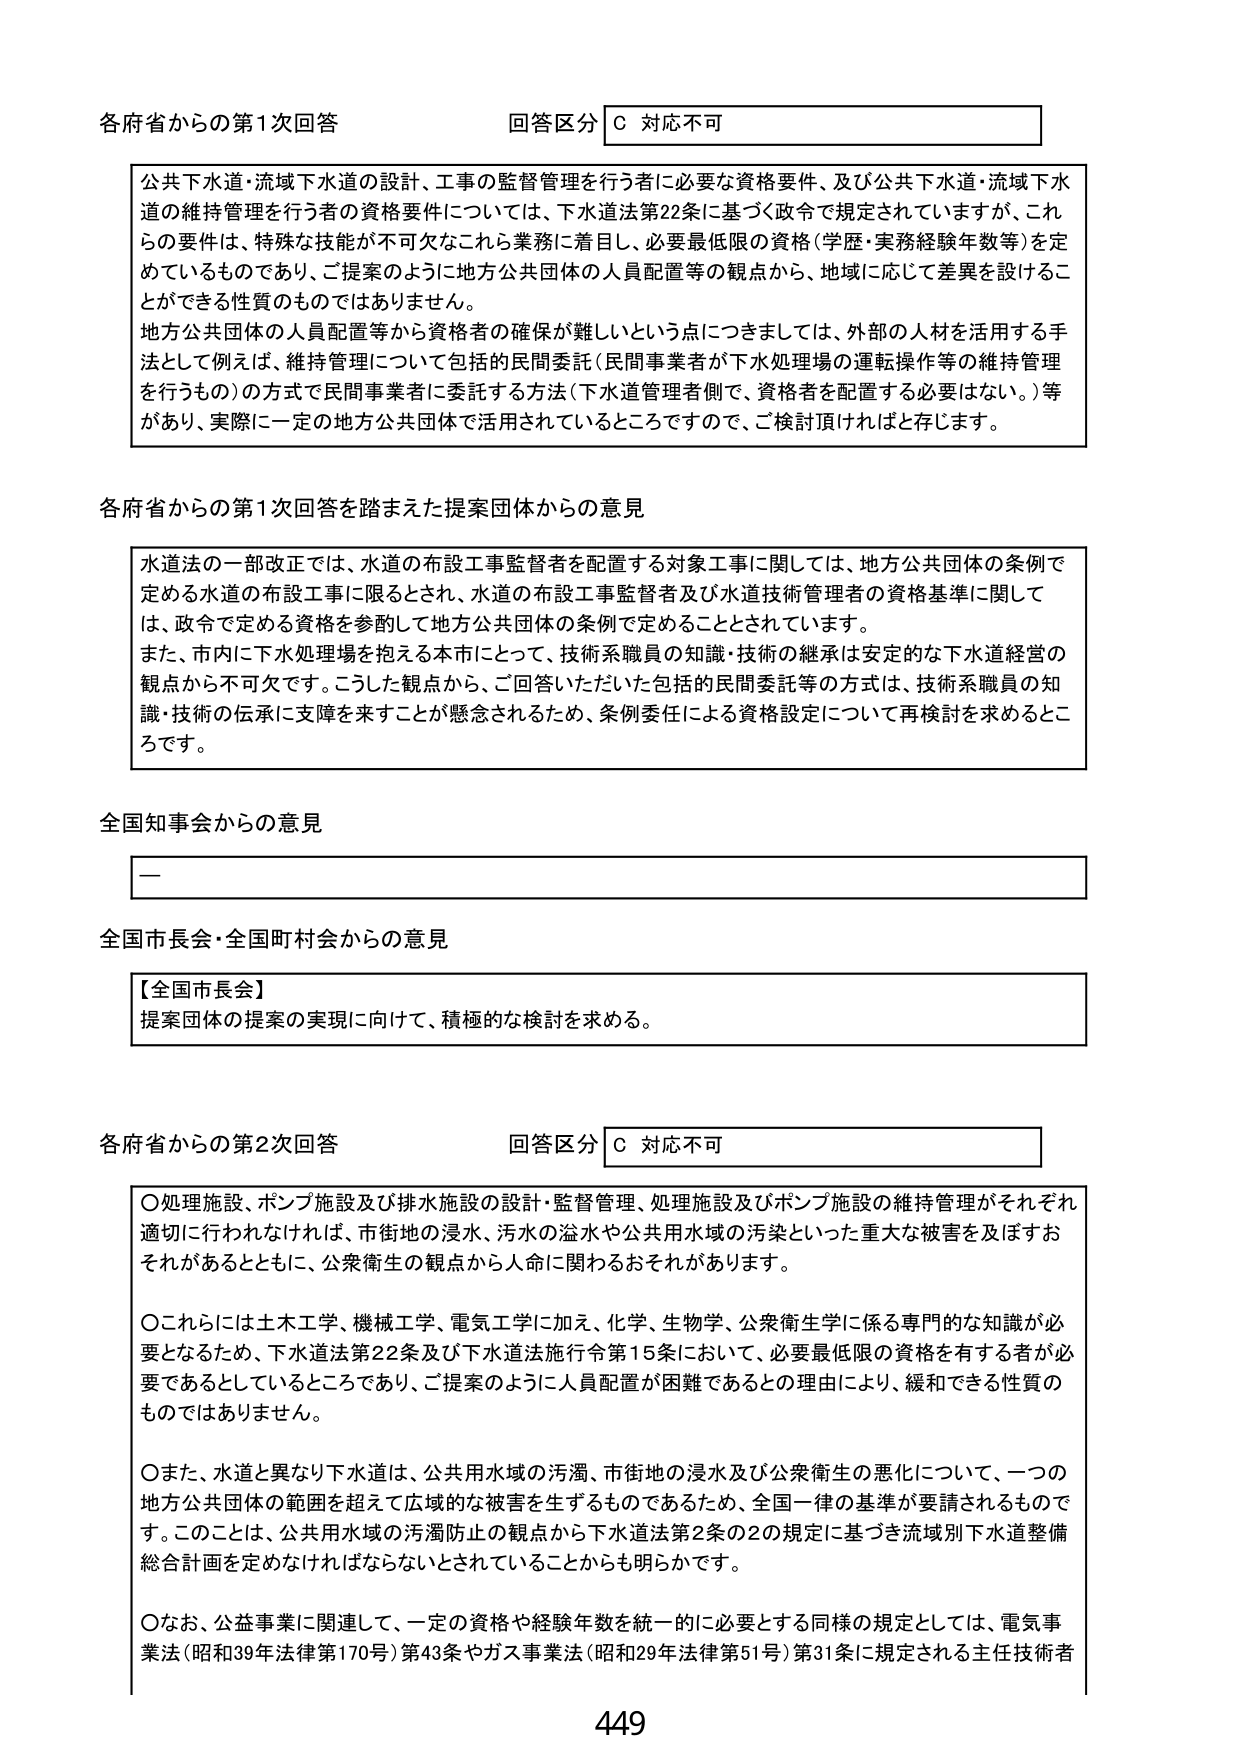
各府省からの第1次回答 回答区分 C 対応不可

公共下水道・流域下水道の設計、工事の監督管理を行う者に必要な資格要件、及び公共下水道・流域下水道の維持管理を行う者の資格要件については、下水道法第22条に基づく政令で規定されていますが、これらの要件は、特殊な技能が不可欠なこれら業務に着目し、必要最低限の資格（学歴・実務経験年数等）を定めているものであり、ご提案のように地方公共団体の人員配置等の観点から、地域に応じて差異を設けることができる性質のものではありません。

地方公共団体の人員配置等から資格者の確保が難しいという点につきましては、外部の人材を活用する手法として例えば、維持管理について包括的民間委託（民間事業者が下水処理場の運転操作等の維持管理を行うもの）の方式で民間事業者に委託する方法（下水道管理者側で、資格者を配置する必要はない。）等があり、実際に一定の地方公共団体で活用されているところですので、ご検討頂ければと存じます。

各府省からの第1次回答を踏まえた提案団体からの意見

水道法の一部改正では、水道の布設工事監督者を配置する対象工事に関しては、地方公共団体の条例で定める水道の布設工事に限るとされ、水道の布設工事監督者及び水道技術管理者の資格基準に関しては、政令で定める資格を参酌して地方公共団体の条例で定めることとされています。

また、市内に下水処理場を抱える本市にとって、技術系職員の知識・技術の継承は安定的な下水道経営の観点から不可欠です。こうした観点から、ご回答いただいた包括的民間委託等の方式は、技術系職員の知識・技術の伝承に支障を来すことが懸念されるため、条例委任による資格設定について再検討を求めるところです。

全国知事会からの意見

—

全国市長会・全国町村会からの意見

【全国市長会】
提案団体の提案の実現に向けて、積極的な検討を求める。

各府省からの第2次回答 回答区分 C 対応不可

〇処理施設、ポンプ施設及び排水施設の設計・監督管理、処理施設及びポンプ施設の維持管理がそれぞれ適切に行われなければ、市街地の浸水、汚水の溢水や公共用水域の汚染といった重大な被害を及ぼすおそれがあるとともに、公衆衛生の観点から人命に関わるおそれがあります。

〇これらには土木工学、機械工学、電気工学に加え、化学、生物学、公衆衛生学に係る専門的な知識が必要となるため、下水道法第22条及び下水道法施行令第15条において、必要最低限の資格を有する者が必要であるとしているところであり、ご提案のように人員配置が困難であるとの理由により、緩和できる性質のものではありません。

〇また、水道と異なり下水道は、公共用水域の汚濁、市街地の浸水及び公衆衛生の悪化について、一つの地方公共団体の範囲を超えて広域的な被害を生ずるものであるため、全国一律の基準が要請されるものです。このことは、公共用水域の汚濁防止の観点から下水道法第2条の2の規定に基づき流域別下水道整備総合計画を定めなければならないとされていることからも明らかです。

〇なお、公益事業に関連して、一定の資格や経験年数を統一的に必要とする同様の規定としては、電気事業法（昭和39年法律第170号）第43条やガス事業法（昭和29年法律第51号）第31条に規定される主任技術者

449